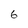
Character: 6